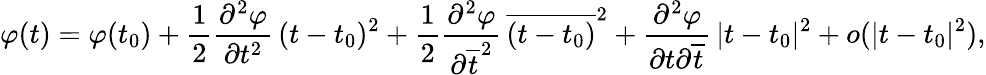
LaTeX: \varphi(t)=\varphi(t_{0})+\frac{1}{2}\frac{\partial^{2}\varphi}{\partial t^{2}}\, (t-t_{0})^{2}+\frac{1}{2}\frac{\partial^{2}\varphi}{\partial\overline{{t}}^{2}}\, \overline{{(t-t_{0})}}^{2}+\frac{\partial^{2}\varphi}{\partial t\partial\overline{{t}}}\, |t-t_{0}|^{2}+o(|t-t_{0}|^{2}),